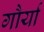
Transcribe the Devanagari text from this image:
गौर्या